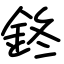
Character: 鉖